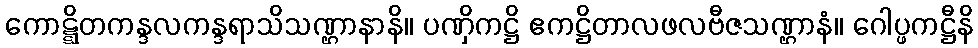
ကောဋ္ဋိတကန္ဒလကန္ဒရာသိသဏ္ဌာနာနိ။ ပဏှိကဋ္ဌိ ဧကဋ္ဌိတာလဖလဗီဇသဏ္ဌာနံ။ ဂေါပ္ဖကဋ္ဌီနိ